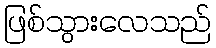
ဖြစ်သွားလေသည်